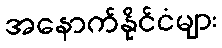
အနောက်နိုင်ငံများ